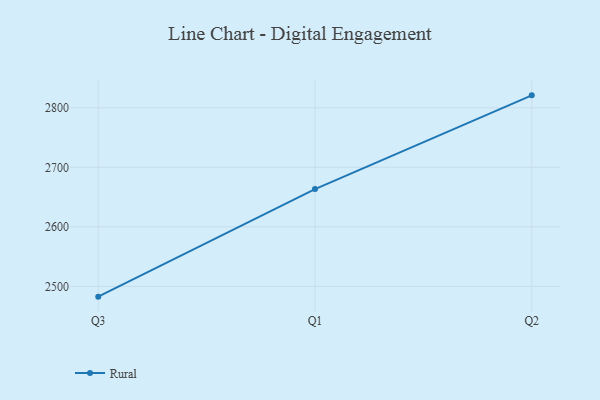
{"axis": {"x": "Quarter", "y": "Conversion Rate (%)"}, "legend": ["Rural"], "data": [{"x": "Q3", "y": 2482.7, "type": "Rural"}, {"x": "Q1", "y": 2663.5, "type": "Rural"}, {"x": "Q2", "y": 2821.0, "type": "Rural"}]}